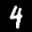
Label: 4